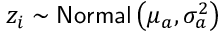
z _ { i } \sim \mathsf { N o r m a l } \left( \mu _ { a } , \sigma _ { a } ^ { 2 } \right)